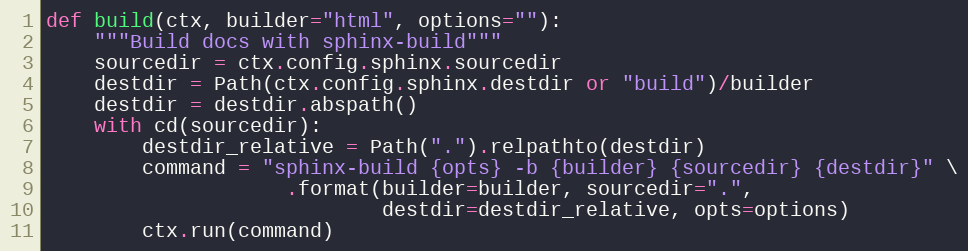
Language: Python
def build(ctx, builder="html", options=""):
    """Build docs with sphinx-build"""
    sourcedir = ctx.config.sphinx.sourcedir
    destdir = Path(ctx.config.sphinx.destdir or "build")/builder
    destdir = destdir.abspath()
    with cd(sourcedir):
        destdir_relative = Path(".").relpathto(destdir)
        command = "sphinx-build {opts} -b {builder} {sourcedir} {destdir}" \
                    .format(builder=builder, sourcedir=".",
                            destdir=destdir_relative, opts=options)
        ctx.run(command)